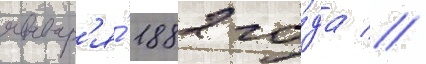
январ'я́ 1882 го́да //